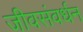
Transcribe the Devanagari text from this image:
जीवसंवर्धन